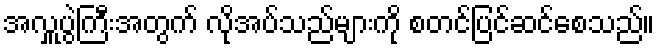
အလှူပွဲကြီးအတွက် လိုအပ်သည်များကို စတင်ပြင်ဆင်စေသည်။